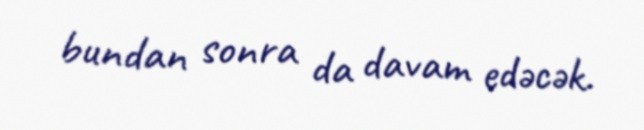
bundan sonra da davam edəcək.